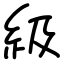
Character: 級